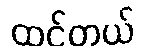
ထင်တယ်